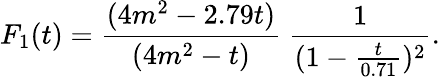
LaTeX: F_{1}(t)=\frac{(4m^{2}-2.79t)}{(4m^{2}-t)}\ \frac{1}{(1-\frac{t}{0.71})^{2}}.